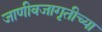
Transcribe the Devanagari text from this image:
जाणीवजागृतीच्या